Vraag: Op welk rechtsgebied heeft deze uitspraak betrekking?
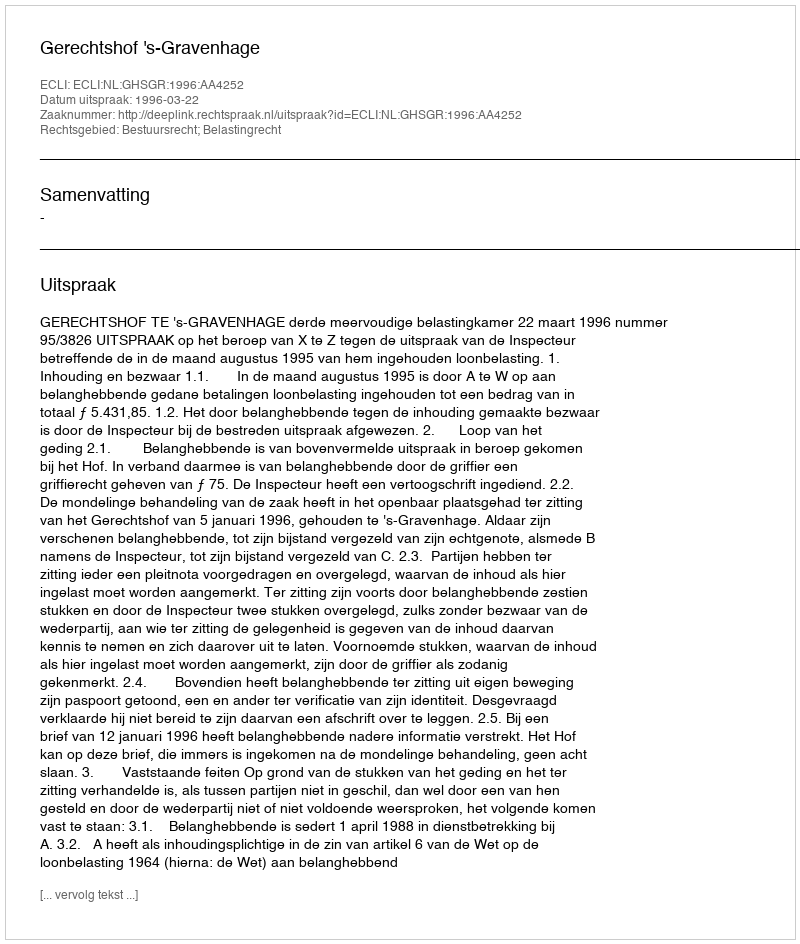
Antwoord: Bestuursrecht; Belastingrecht